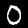
Label: 0